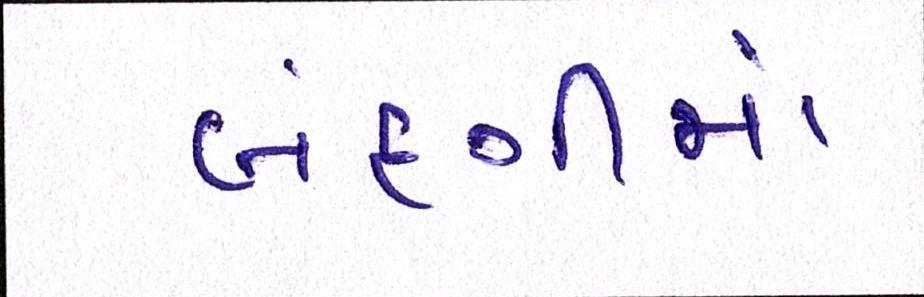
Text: બંદગીમાં